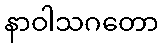
နာဝါသဂတော